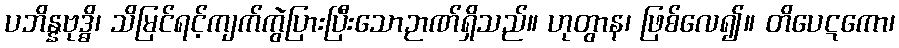
ပဘိန္နဗုဒ္ဓိ၊ သိမြင်ရင့်ကျက်ကွဲပြားပြီးသောဉာဏ်ရှိသည်။ ဟုတွာန၊ ဖြစ်လေ၍။ တိပေဋကော၊